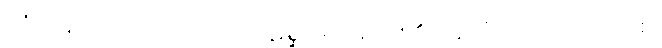
ဤအနက်သဘောကို။ သမ္ပဋိစ္ဆာမိ၊ ဝန်ခံပါ၏။ ဣတိ၊ ဤသို့။ အဝေါစ၊